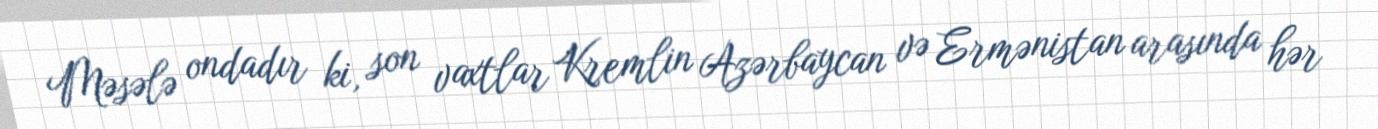
Məsələ ondadır ki, son vaxtlar Kremlin Azərbaycan və Ermənistan arasında hər